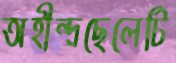
অহীন্দ্রছেলেটি